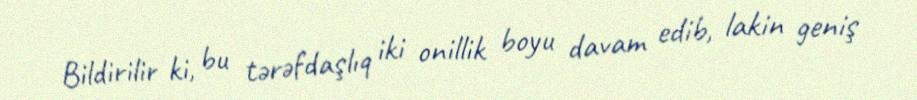
Bildirilir ki, bu tərəfdaşlıq iki onillik boyu davam edib, lakin geniş